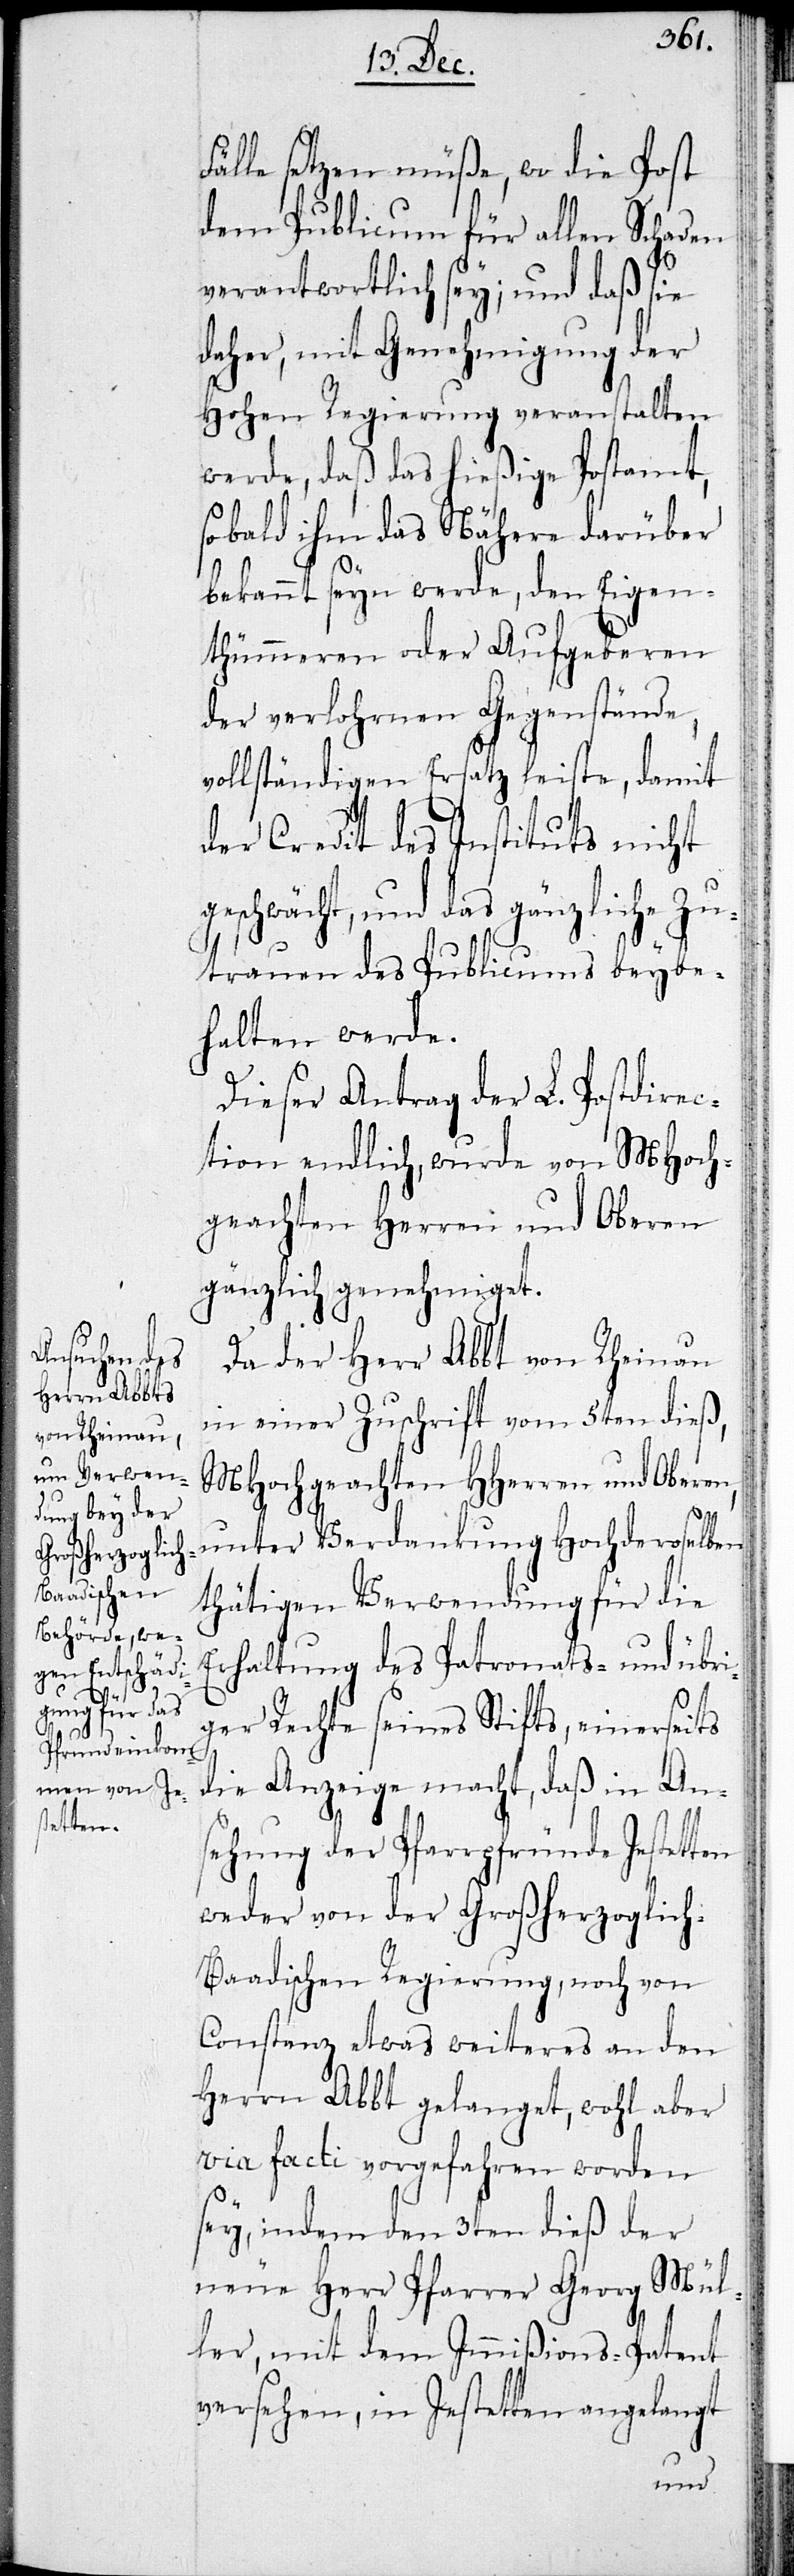
Fälle setzen müße, wo die Post
dem Publicum für allen Schaden
verantwortlich sey; und daß sie
daher, mit Genehmigung der
Hohen Regierung veranstalten
werde, daß das hießige Postamt,
sobald ihm das Nähere darüber
bekannt seyn werde, den Eigen¬
thümeren oder Aufgeberen
der verlohrnen Gegenstände,
vollständigen Ersatz leiste, damit
der Credit des Instituts nicht
geschwächt, und das gänzliche Zu¬
trauen des Publicums beybe¬
halten werde.
Dieser Antrag der L. Postdirec¬
tion endlich, wurde von MHoch¬
geachten Herren und Oberen
gänzlich genehmiget.
Da der Herr Abbt von Rheinau
in einer Zuschrift vom 5ten dieß,
MHochgeachten HHerren und Oberen,
unter Verdankung Hochderoselben
thätigen Verwendung für die
Erhaltung des Patronats- und übri¬
ger Rechte seines Stifts, einerseits
die Anzeige macht, daß in An¬
sehung der Pfarrpfründe Jestetten
weder von der Großherzoglich-B¬
aadischen Regierung, noch von
Constanz etwas weiteres an den
Herrn Abbt gelanget, wohl aber
via facti vorgefahren worden
sey, indem den 3ten dieß der
neue Herr Pfarrer Georg Mül¬
ler, mit dem Immißions-Patent
versehen, in Jestetten angelangt